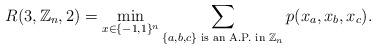
LaTeX: \begin{align*}R(3,\mathbb{Z}_n,2)= \min_{x \in \{-1,1\}^{n}} \displaystyle\sum_{\{a,b,c\} \textrm{ is an A.P. in } \mathbb{Z}_n}p(x_a,x_b,x_c).\end{align*}